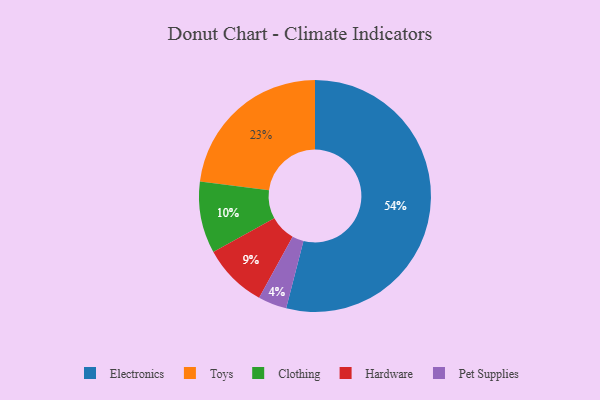
{"axis": {"x": "Category", "y": "Percentage"}, "legend": ["Clothing", "Electronics", "Hardware", "Pet Supplies", "Toys"], "data": [{"x": "Toys", "y": 23, "type": "Toys"}, {"x": "Electronics", "y": 54, "type": "Electronics"}, {"x": "Pet Supplies", "y": 4, "type": "Pet Supplies"}, {"x": "Clothing", "y": 10, "type": "Clothing"}, {"x": "Hardware", "y": 9, "type": "Hardware"}]}